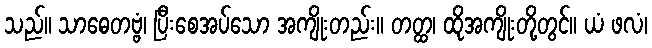
သည်။ သာဓေတဗ္ဗံ၊ ပြီးစေအပ်သော အကျိုးတည်း။ တတ္ထ၊ ထိုအကျိုးတို့တွင်။ ယံ ဖလံ၊